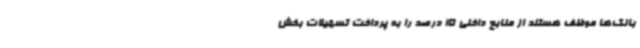
بانک‌ها موظف هستند از منابع داخلی 15 درصد را به پرداخت تسهیلات بخش